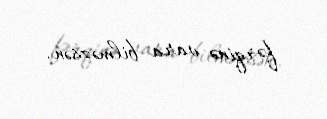
fərqinə vara bilməzsən.